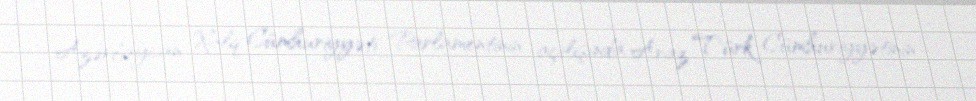
Azərbaycan Xalq Cümhuriyyəti Parlamentinin açılışında Araz Türk Cümhuriyyətinin